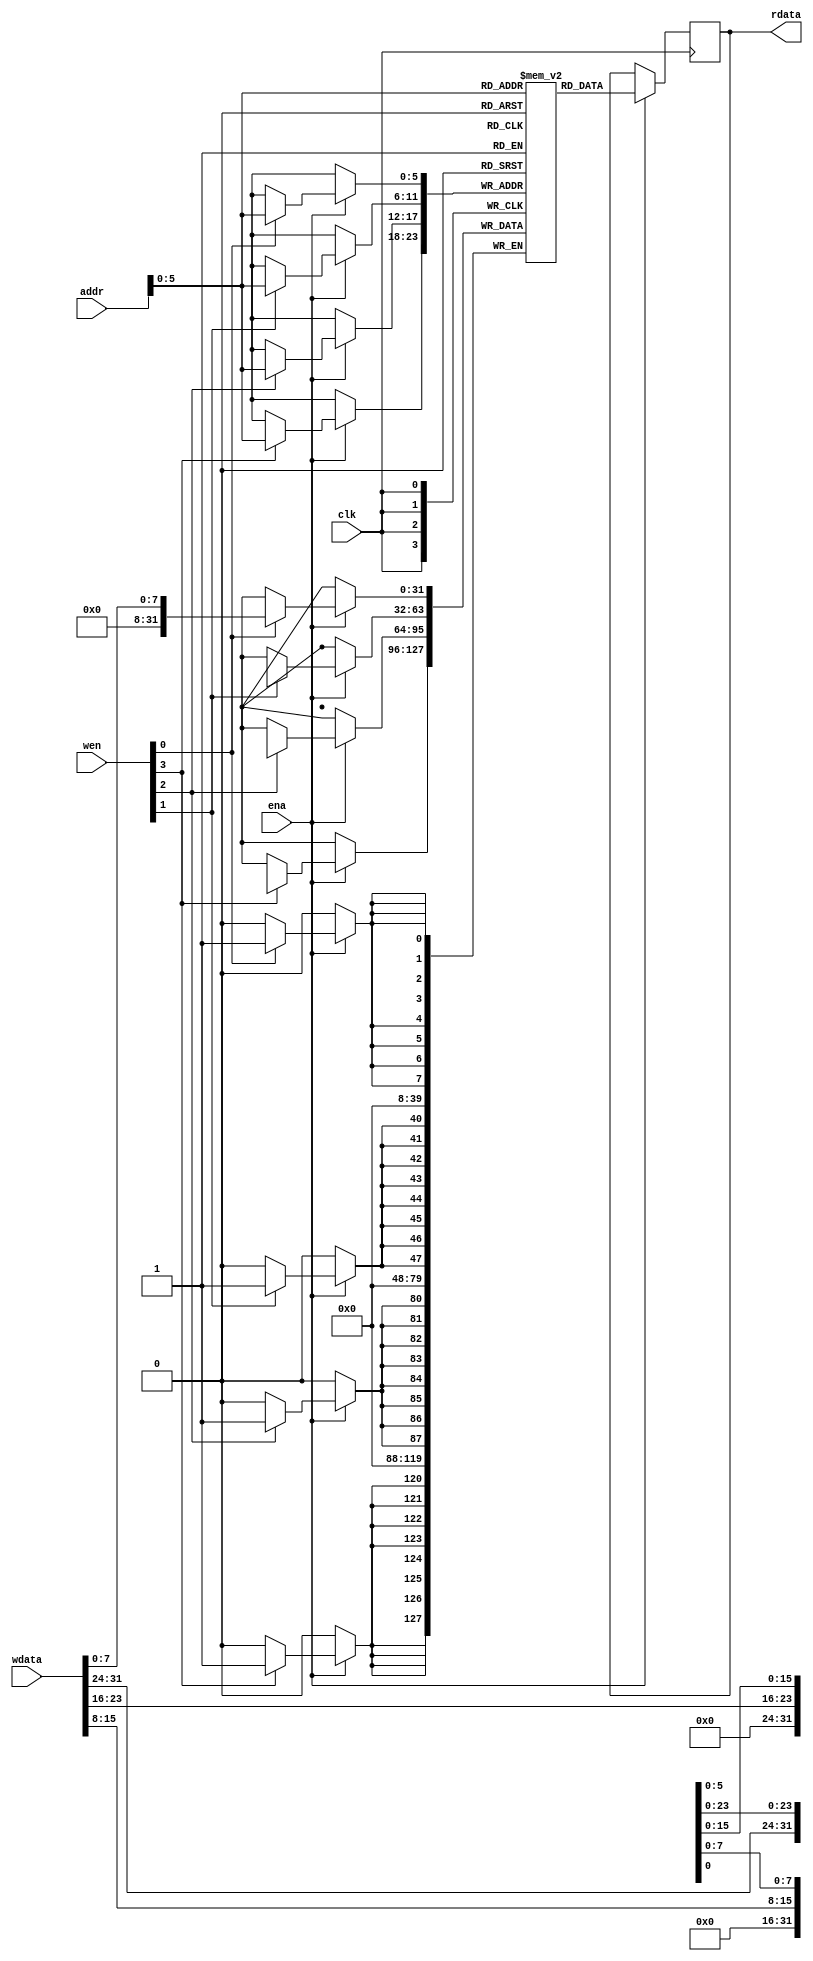
module synth_ram #( parameter integer WORDS = 64) (
  input clk,
  input ena,
  input [3:0] wen,
  input [21:0] addr,
  input [31:0] wdata,
  output[31:0] rdata
);

  reg [31:0] rdata;
  reg [31:0] mem [0:WORDS-1];

  always @(posedge clk) begin
          if (ena == 1'b1) begin
                  rdata <= mem[addr];
                  if (wen[0]) mem[addr][ 7: 0] <= wdata[ 7: 0];
                  if (wen[1]) mem[addr][15: 8] <= wdata[15: 8];
                  if (wen[2]) mem[addr][23:16] <= wdata[23:16];
                  if (wen[3]) mem[addr][31:24] <= wdata[31:24];
          end
  end
        
endmodule